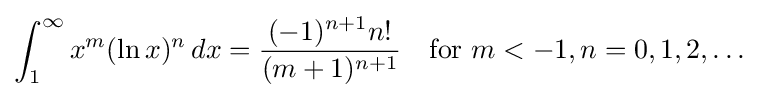
\int _{1}^{\infty }x^{m}(\ln x)^{n}\,dx={\frac {(-1)^{n+1}n!}{(m+1)^{n+1}}}\quad {\text{for }}m<-1,n=0,1,2,\ldots